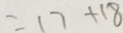
= 1 7 + 1 8